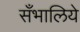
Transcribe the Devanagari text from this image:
सँभालिये